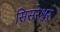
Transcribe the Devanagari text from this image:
सिसरेश्वर